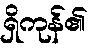
ရှိကုန်၏